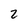
Character: 2